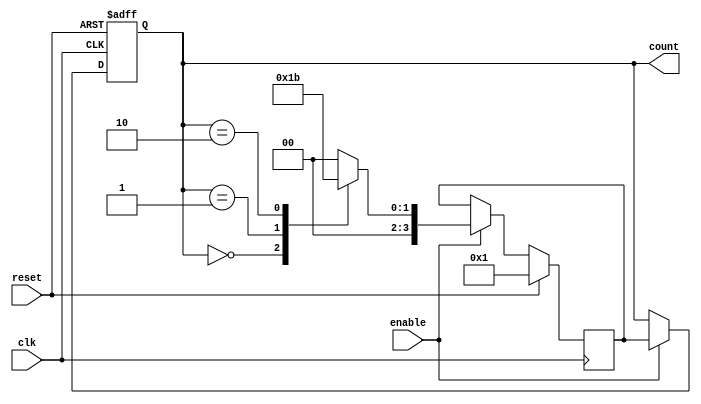
module synchronous_counter(
    input wire clk,
    input wire reset,
    input wire enable,
    output reg [3:0] count
);

reg [3:0] next_count;

always @(posedge clk or posedge reset) begin
    if (reset) begin
        count <= 4'b0000;
    end else if (enable) begin
        count <= next_count;
    end
end

always @(posedge clk) begin
    if (reset) begin
        next_count <= 4'b0001;
    end else if (enable) begin
        case(count)
            4'b0000: next_count <= 4'b0001;
            4'b0001: next_count <= 4'b0010;
            4'b0010: next_count <= 4'b0011;
            4'b0011: next_count <= 4'b0000;
            default: next_count <= 4'b0000;
        endcase
    end
end

endmodule